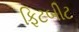
ફિટબીટ